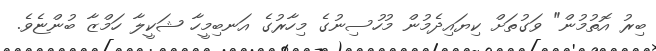
ބިރު އޮތުމުން" ވަގުތަށް ކިޔައިދެމުން މުހުސިނުގެ މިހާރުގެ އަނބިމީހާ ޝަކީލާ ހަމްޒާ ބުންޏެވެ.